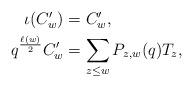
LaTeX: \begin{align*} \begin{aligned} \iota(C'_w)&=C'_w,\\ q^{\frac{\ell(w)}{2}}C'_w&=\sum_{z\leq w}P_{z,w}(q)T_z, \end{aligned} \end{align*}